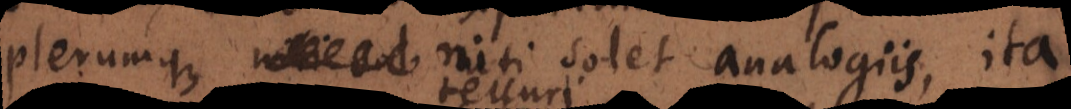
plerumque niti solet analogiis, ita